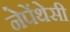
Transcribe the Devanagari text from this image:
नेपेंथेसी